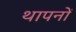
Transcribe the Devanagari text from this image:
थापनों